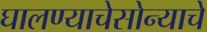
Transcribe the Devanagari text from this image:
घालण्याचेसोन्याचे